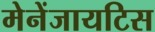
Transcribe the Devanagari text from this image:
मेनेंजायटिस